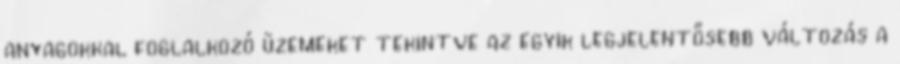
anyagokkal foglalkozó üzemeket tekintve az egyik legjelentősebb változás a